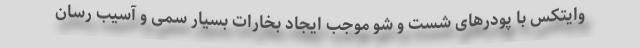
وایتکس با پودرهای شست و شو موجب ایجاد بخارات بسیار سمی و آسیب رسان